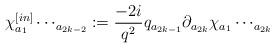
LaTeX: \begin{align*}\chi^{[in]}_{a{_1}}\cdots_{a{_{2k-2}}}:= \frac{-2i}{q^2}q_{a{_{2k-1}}}\partial_{a{_{2k}}} \chi_{a{_1}}\cdots_{a{_{2k}}}\end{align*}